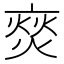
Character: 𮯳